Annual report on the working of the lock hospitals in the North-Western Provinces and Oudh
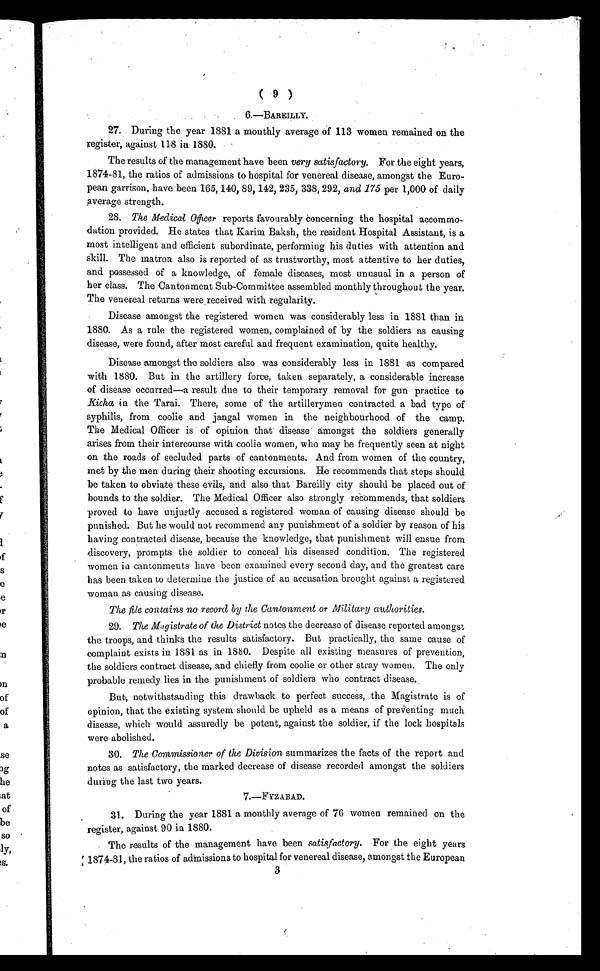
( 9 )
6. —BAREILLY.
27. During the year 1881 a monthly average of 113 women remained on the
register, against 118 in 1880.
The results of the management have been very satisfactory. For the eight years,
1874-81, the ratios of admissions to hospital for venereal disease, amongst the Euro-
pean garrison, have been 165, 140, 89, 142, 235, 338, 292, and 175 per 1,000 of daily
a v e r a g e s t r e n g t h .
28.The Medical Officer reports favourably Concerning the hospital accommo-
dation provided. He states that Karim Baksh, the resident Hospital Assistant, is a
most intelligent and efficient subordinate, performing his duties with attention and
skill. The matron also is reported of as trustworthy, most attentive to her duties,
and possessed of a knowledge, of female diseases, most unusual in a person of
her class. The Cantonment Sub-Committee assembled monthly throughout the year.
The venereal returns were received with regularity.
Disease amongst the registered women was considerably less in 1881 than in
1880. As a rule the registered women, complained of by the soldiers as causing
disease, were found, after most careful and frequent examination, quite healthy.
Disease amongst the soldiers also was considerably less in 1881 as compared
with 1880. But in the artillery force, taken separately, a considerable increase
of disease occurred—a result due to their temporary removal for gun practice to
K i c h a
in the Tarai. There, some of the artillerymen contracted a bad type of
syphilis, from coolie and jangal women in the neighbourhood of the camp.
The Medical Officer is of opinion that disease amongst the soldiers generally
arises from their intercourse with coolie women, who may be frequently seen at night
on the roads of secluded parts of cantonments. And from women of the country,
met by the men during their shooting excursions. He recommends that steps should
be taken to obviate these evils, and also that Bareilly city should be placed out of
bounds to the soldier. The Medical Officer also strongly recommends, that soldiers
proved to have unjustly accused a registered woman of causing disease should be
punished. But he would not recommend any punishment of a soldier by reason of his
having contracted disease, because the knowledge, that punishment will ensue from
discovery, prompts the soldier to conceal his diseased condition. The registered
women in cantonments have been examined every second day, and the greatest care
has been taken to determine the justice of an accusation brought against a registered
woman as causing disease.
The file contains no record by the Cantonment or Military authorities.
29.The Magistrate of the District notes the decrease of disease reported amongst
the troops, and thinks the results satisfactory. But practically, the same cause of
complaint exists in 1881 as in 1880. Despite all existing measures of prevention,
the soldiers contract disease, and chiefly from coolie or other stray women. The only
probable remedy lies in the punishment of soldiers who contract disease.
B u t , n o t w i t h s t a n d i n g t h i s d r a w b a c k t o p e r f e c t s u c c e s s , t h e M a g i s t r a t e i s o f
opinion, that the existing system should be upheld as a means of preventing much
disease, which would assuredly be potent, against the soldier, if the lock hospitals
were abolished.
30. The Commissioner of the Division summarizes the facts of the report and
notes as satisfactory, the marked decrease of disease recorded amongst the soldiers
during the last two years.
7.—FYZABAD.
31. During the year 1881 a monthly average of 76 women remained on the
register, against 90 in 1880.
The results of the management have been satisfactory. For the eight years
1874-81, the ratios of admissions to hospital for venereal disease, amongst the European
3